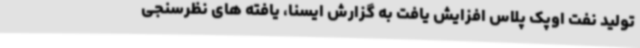
تولید نفت اوپک پلاس افزایش یافت به گزارش ایسنا، یافته های نظرسنجی